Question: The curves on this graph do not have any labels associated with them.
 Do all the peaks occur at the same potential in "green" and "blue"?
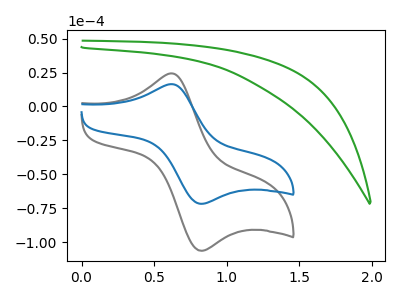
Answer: <think>The gray curve "gray" has an anodic peak at (0.65V, 24.30uA) and a cathodic peak at (0.85V, -106.45uA). The green curve "green" has no peaks. The blue curve "blue" has an anodic peak at (0.65V, 16.40uA) and a cathodic peak at (0.85V, -71.80uA).</think>
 <answer>No, "green" and "blue" have a different number of peaks.</answer>
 <eval>different_amount</eval>